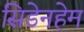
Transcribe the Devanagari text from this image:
सिडेनहेम